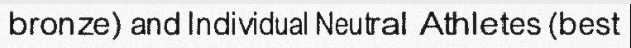
bronze) and Individual Neutral Athletes (best